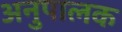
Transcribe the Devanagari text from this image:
अनुपालक